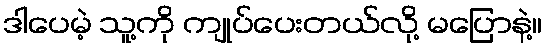
ဒါပေမဲ့ သူ့ကို ကျုပ်ပေးတယ်လို့ မပြောနဲ့။